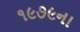
૧૯૭૯ના